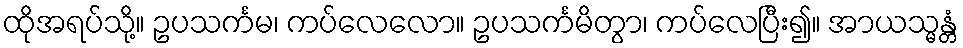
ထိုအရပ်သို့။ ဥပသင်္ကမ၊ ကပ်လေလော။ ဥပသင်္ကမိတွာ၊ ကပ်လေပြီး၍။ အာယသ္မန္တံ